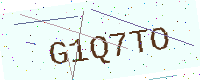
Text: G1Q7TO